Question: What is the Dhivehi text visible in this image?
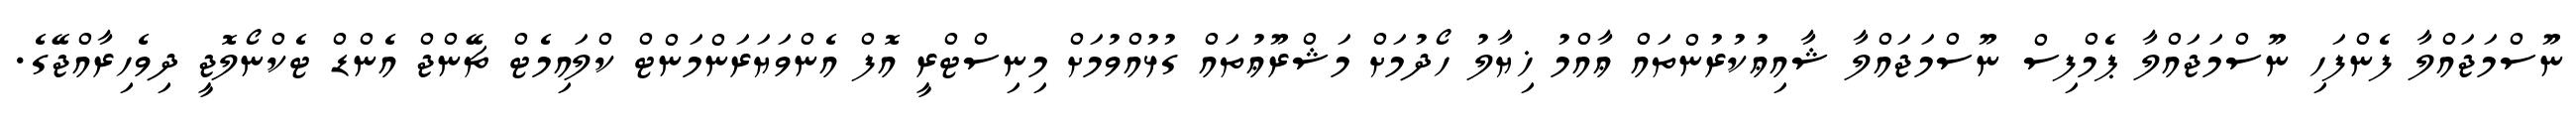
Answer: ނޫސްމަޖައްލާ ފެންފަހި ނޫސްމަޖައްލާ ޕެމްފިސް ނޫސްމަޖައްލާ ޝާއިޢުކުރުންތައް ޢާއްމު ޚިޔާލު ހޯދުމަށް މަޝްރޫޢުތައް ގުޅުއްވުމަށް މިނިސްޓްރީ އޮފް އެންވަޔަރަންމަންޓް ކްލައިމެޓް ޗޭންޖް އެންޑް ޓެކްނޯލޮޖީ ދިވެހިރާއްޖޭގެ.